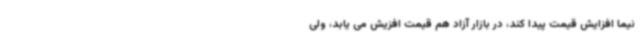
نیما افزایش قیمت پیدا کند، در بازار آزاد هم قیمت افزیش می ‌یابد، ولی